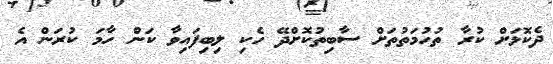
ދެކޮޅަށް ކުރާ ތުހުމަތުތަށް ސާބިތުކޮށްދޭ ހެކި ލިބިފައިވާ ކަން ހާމަ ކުރަން އެ